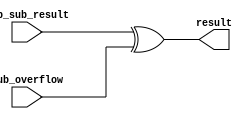
module a_lessthan_b(msb_sub_result,sub_overflow,result);
   input msb_sub_result, sub_overflow;
   output result;
	
   xor x1(result,msb_sub_result,sub_overflow);
	
endmodule